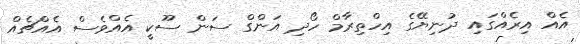
އެއް އިރެއްގައި ދުނިޔޭގެ އިހްތިރާމް ހޯދި އަންގް ސަން ސޫކީ އެއްވެސް އެއްޗެއް